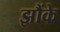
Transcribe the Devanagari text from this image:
झौंके